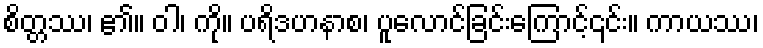
စိတ္တဿ၊ ၏။ ဝါ၊ ကို။ ပရိဒဟနာစ၊ ပူလောင်ခြင်းကြောင့်၎င်း။ ကာယဿ၊